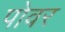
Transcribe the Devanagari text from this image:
पोवर